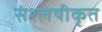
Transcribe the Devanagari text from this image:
संश्लेषीकृत